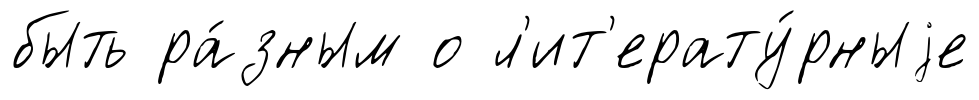
быть ра́зным о л'ит'ерату́рныjе